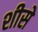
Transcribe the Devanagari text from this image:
शीसे